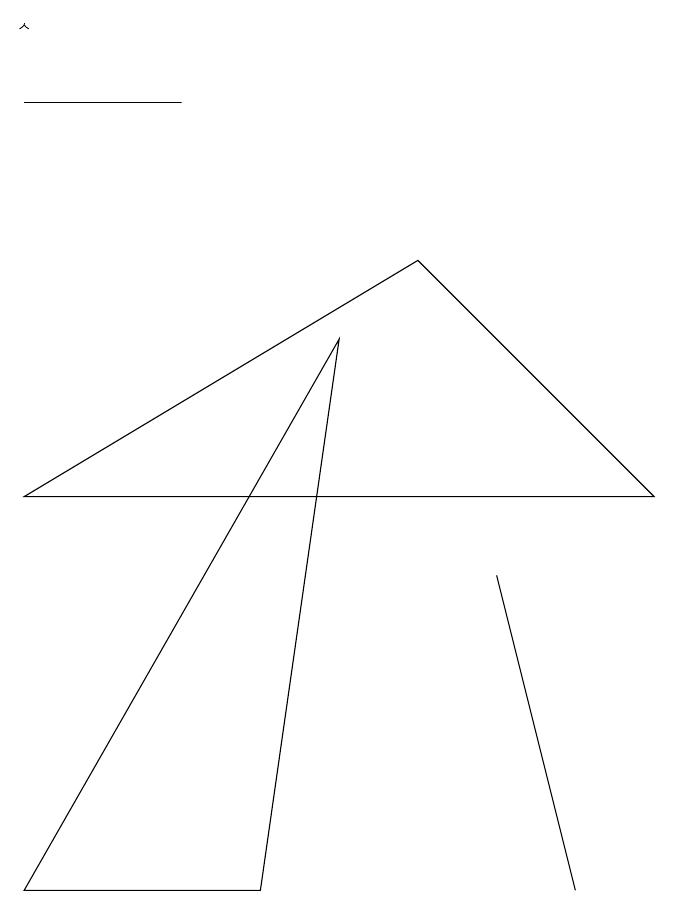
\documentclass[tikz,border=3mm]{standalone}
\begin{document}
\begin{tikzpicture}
\draw (6,9) -- (1,6) -- (9,6) -- cycle;
\draw (5,8) -- (4,1) -- (1,1) -- cycle;
\draw (8,1) -- (7,5) -- (8,1) -- cycle;
\draw (1,11) rectangle (3,11);
\draw[->] (1,12) -- (1,12);
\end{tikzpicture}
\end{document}